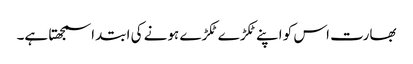
بھارت اس کو اپنے ٹکڑے ٹکڑے ہونے کی ابتدا سمجھتا ہے۔